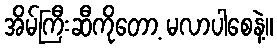
အိမ်ကြီးဆီကိုတော့ မလာပါစေနဲ့။